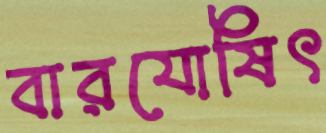
বারযোষিৎ